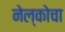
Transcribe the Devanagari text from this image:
नेल्कोचा